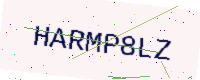
Text: HARMP8LZ